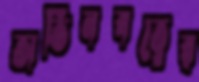
অভিনবত্বের